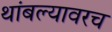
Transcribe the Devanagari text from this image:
थांबल्यावरच